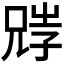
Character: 𡥺